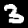
Label: 3